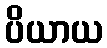
ပိယာယ